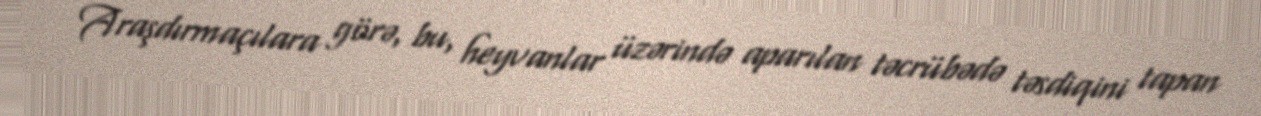
Araşdırmaçılara görə, bu, heyvanlar üzərində aparılan təcrübədə təsdiqini tapan